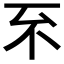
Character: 𠀚